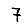
Digit: 7